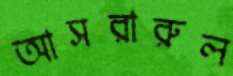
আসরারুল